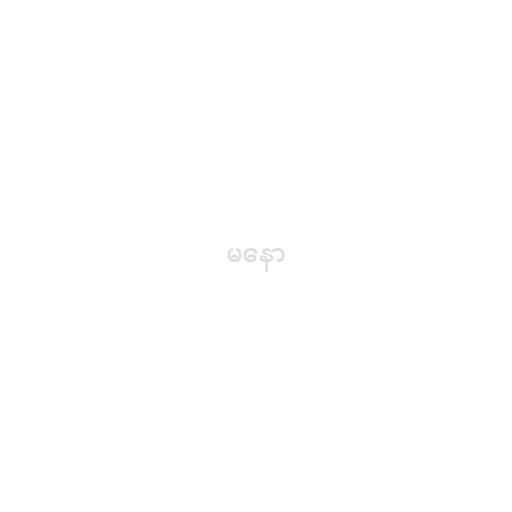
မနော